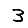
Digit: 3